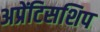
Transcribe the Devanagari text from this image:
अप्रेंटिसशिप